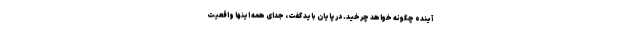
آینده چگونه خواهد چرخید. در پایان باید گفت، جدای همه اینها واقعیت